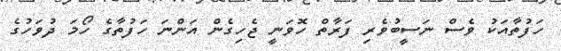
ހަފުތާއަކު ވެސް ނަސީބުވެރި ފަރާތް ހޮވަނީ ޖެހިގެން އަންނަ ހަފުތާގެ ހޯމަ ދުވަހުގެ